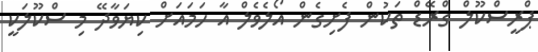
ޕްރީސްކޫލް ގްރޭޑް ތަކުން ފެށިގެން އޯލެވެލް އާ ހަމައަށް ކިޔަވާދޭ މި ސްކޫލަކީ